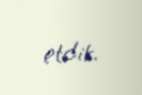
etdik.